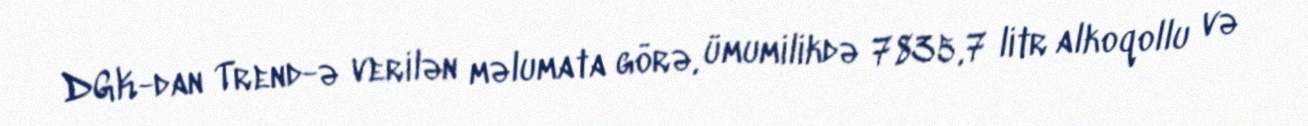
DGK-dan Trend-ə verilən məlumata görə, ümumilikdə 7835,7 litr alkoqollu və